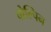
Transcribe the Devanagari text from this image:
वोल्पिन